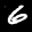
Label: 6